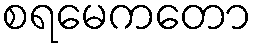
စရမေကတော